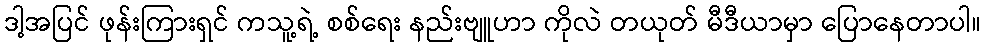
ဒါ့အပြင် ဖုန်းကြားရှင် ကသူ့ရဲ့ စစ်ရေး နည်းဗျူဟာ ကိုလဲ တယုတ် မီဒီယာမှာ ပြောနေတာပါ။